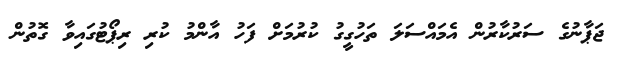
ޖަޕާނުގެ ސަރުކާރުން އެމައްސަލަ ތަހުގީގު ކުރުމަށް ފަހު އާންމު ކުރި ރިޕޯޓުގައިވާ ގޮތުން